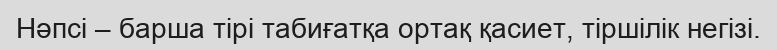
Нәпсі – барша тірі табиғатқа ортақ қасиет, тіршілік негізі.